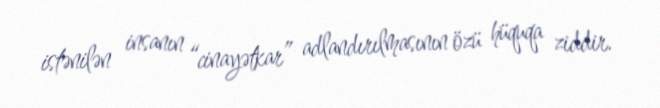
istənilən insanın “cinayətkar” adlandırılmasının özü hüquqa ziddir.